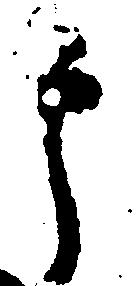
郎